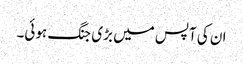
ان کی آپس میں بڑی جنگ ہوئی۔